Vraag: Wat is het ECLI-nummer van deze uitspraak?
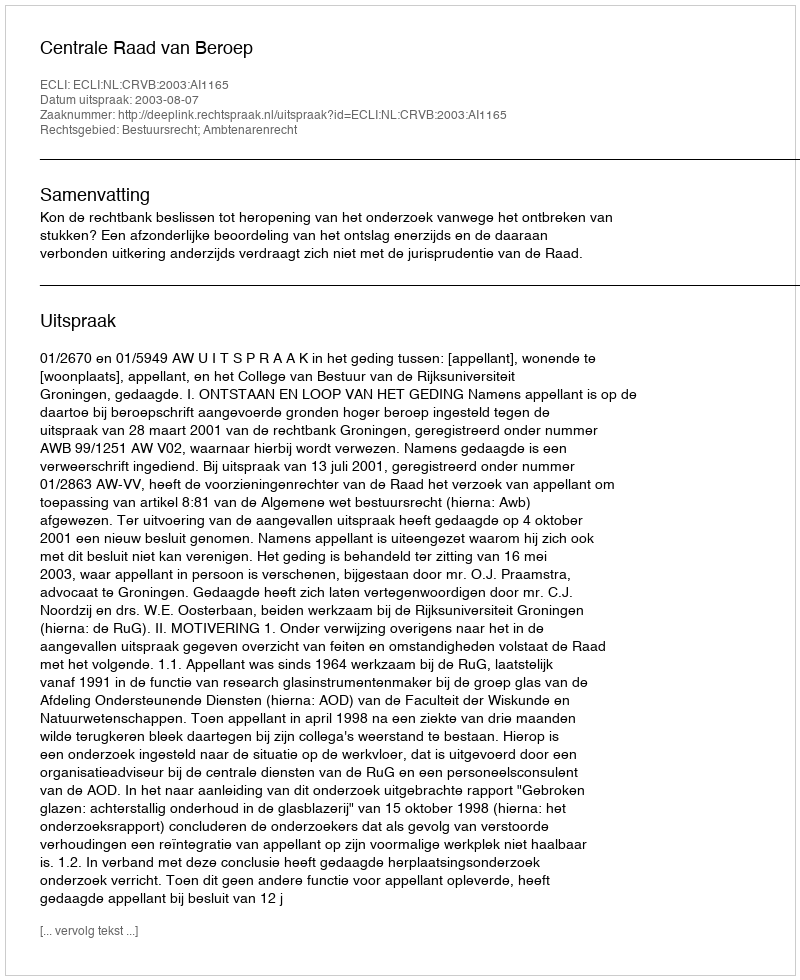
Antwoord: ECLI:NL:CRVB:2003:AI1165